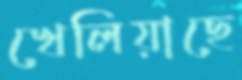
খেলিয়াছে